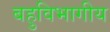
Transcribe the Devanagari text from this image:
बहुविभागीय